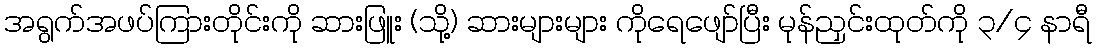
အရွက်အဖပ်ကြားတိုင်းကို ဆားဖြူး (သို့) ဆားများများ ကိုရေဖျော်ပြီး မုန်ညှင်းထုတ်ကို ၃/၄ နာရီ